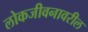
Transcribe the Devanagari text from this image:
लोकजीवनावरील